Annual report of the Central Committee of the Association together with the report of the directors of the Pasteur Institute at Kasauli
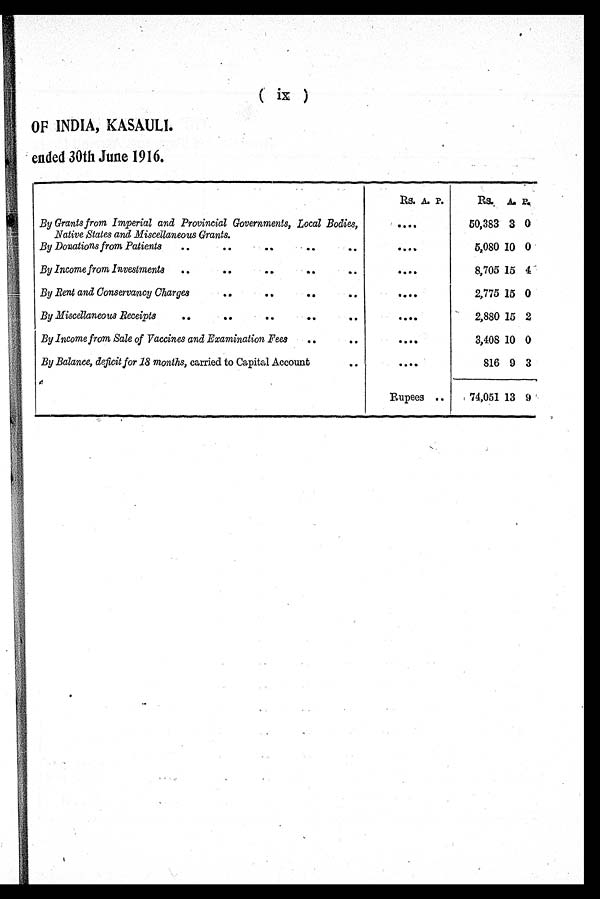
( i x )
OF INDIA, KASAULI.
ended 30th June 1916.
Rs. A. P.
Rs. A.
P.
By Grants from Imperial and Provincial Governments, Local Bodies,
Native States and Miscellaneous Grants.
. . . .
50,383 3 0
By Donations from Patients
..
..
..
..
..
. . . .
5,080 10 0
By Income from Investments
..
..
..
..
..
. . . .
8,705 15 4
By Rent and Conservancy Charges
..
.. .. ..
. . . .
2,775 15 0
By Miscellaneous Receipts
..
..
..
.. ..
. . . .
2,880 15 2
By Income from Sale of Vaccines and Examination Fees
..
..
. . . .
3,408 10 0
By Balance, deficit for 18 months, carried to Capital Account
..
. . . .
816 9 3
,
Rupees ..
74,051 13 9